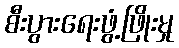
စီးပွားရေးဖွံ့ဖြိုးမှု